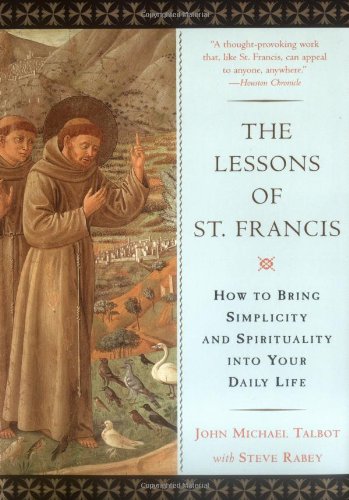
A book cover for The Lessons of Saint Francis: How to Bring Simplicity and Spirituality into Your Daily Life; John Michael Talbot; Christian Books & Bibles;